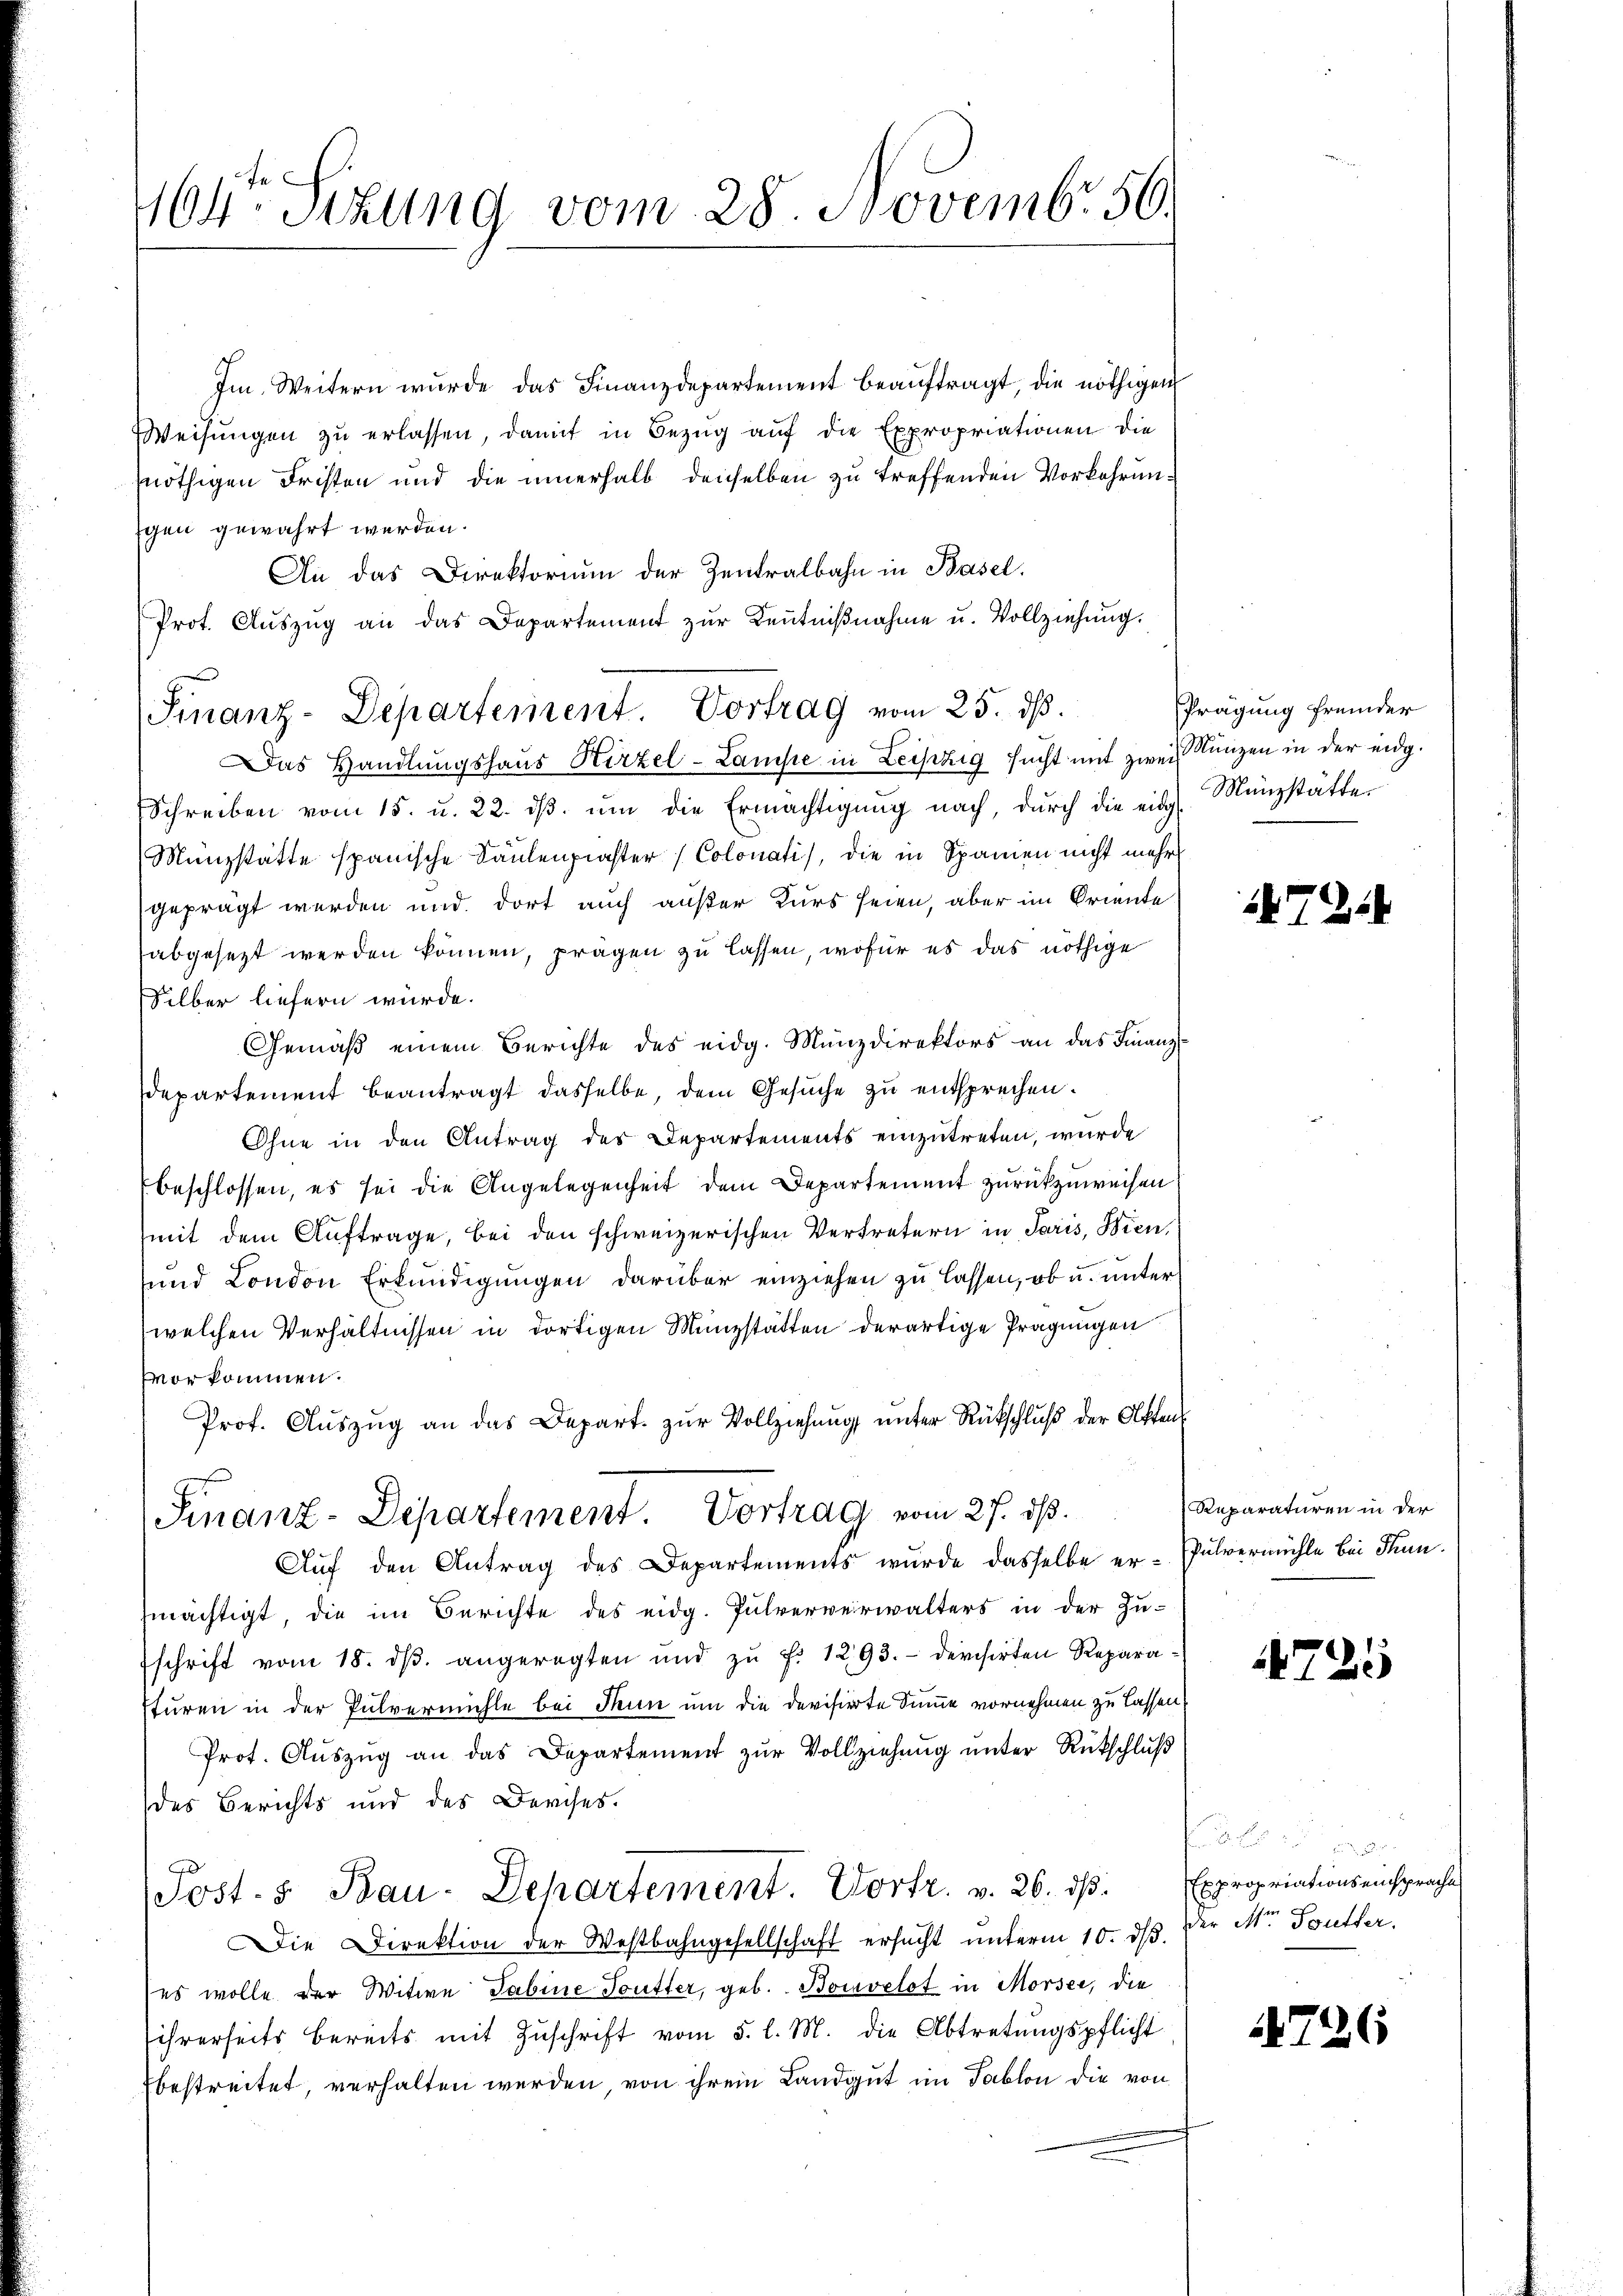
464r Sitzung vom 28. Novemb. 56.

Im Weitern wurde das Finanzdepartement beaŭftragt, die nöthigen
Weisungen zu erlassen, damit in Bezug auf die Expropriationen die
nnöthigen Fristen und die innerhalb denselben zu treffenden Vorkehrungen gewährt werden.
An das Direktorium der Zentralbahn in Basel.
Prot. Aŭszŭg an das Departement zŭr Keṅtniβnahme u. Vollziehŭng.
Das Handlungshaus Hirzel-Lampe in Leipzig sucht mit zwei Glanzen in der eidg.
Schreiben vom 15. u. 22. ds. ŭm die Ermächtigung nach, durch die eidg
Münzstatte spanische Daulenpraster (Colonatis, die in Spanien nicht mehr
geprägt werden und dort auch außer Kurs seien, aber im Oriente
abgesezt werden können, prägen zu lassen, wofür es das nöthige
Silber liefern würde.
Gemäß einem Berichte des eidg. Münzdirektors an das Finanz
departement beantragt dasselbe, dem Gesuche zu entsprechen.
Ohne in den Antrag des Departements einzutreten, wurde
beschlossen, es sei die Angelegenheit dem Departement zurückzuweisen.
mit dem Auftrage, bei den schweizerischen Vertretern in Paris, Bien,
und London Erkundigungen darüber einziehen zu lassen, ob u. unter
welchen Verhältnissen in dortigen Münzstatten derartige Prägungen
vor kommen.
Prof. Auszug an das Depart. zur Vollziehung unter Rückschluß der Aktens
Finanz-Departement. Vortrag vom 27. ds.
Auf den Antrag des Departements wurde dasselbe er- Pulvermühle bei Thun.
mächtigt die im Berichte des eidg. Pulververwalters in der Zu-
schrift vom 18. dβ angeregten und zŭ f. 1293. derchirten Reparasturen in der Pulvermühle bei Neun um die devisierte Summe vornehmen zu lassen,
Prot. Aŭszŭg an das Departement zŭr Vollziehŭng ŭnter Rückschlŭβ
des Berichts und des Derses.
Post. S. Bau-Departement. Vortr. v. 26. ds.
Die Direktion der Westbahngesellschaft ersucht unterm 10. ds. Der Mr. Toutter,
es wolle der Witwe Sabine Toutter, geb. Bouvelot in Morser, die
ihrerseits bereits mit Zŭschrift vom 5. l. M. die Abtretŭngspflicht
bestreitet, verhalten werden, von ihrem Landgut im Tablon die von

Finanz-Departement. Vortrag vom 25. ds.

Prägung fremder
Münzstätte.

7214

Reparaturen in der

4725

Expropriationseinsprache

726